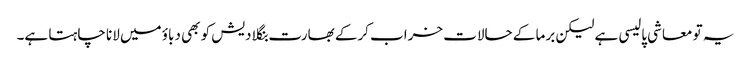
یہ تو معاشی پالیسی ہے لیکن برما کے حالات خراب کرکے بھارت بنگلا دیش کو بھی دباؤ میں لانا چاہتا ہے۔